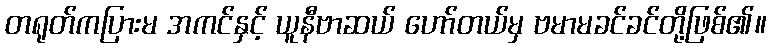
တရုတ်ကပြားမ အကင်နှင့် ယူနီဗာဆယ် ဟော်တယ်မှ ဗမာမခင်ခင်တို့ဖြစ်၏။